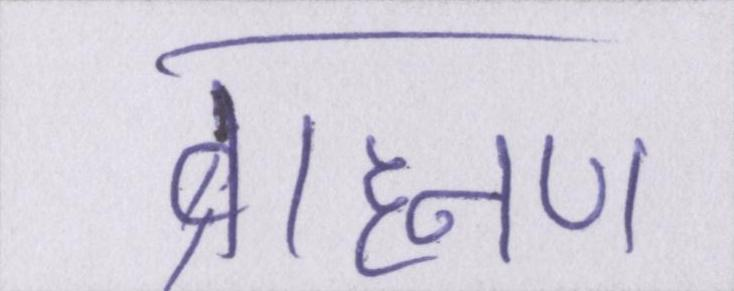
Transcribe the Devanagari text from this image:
ब्राह्मण